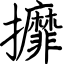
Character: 攠